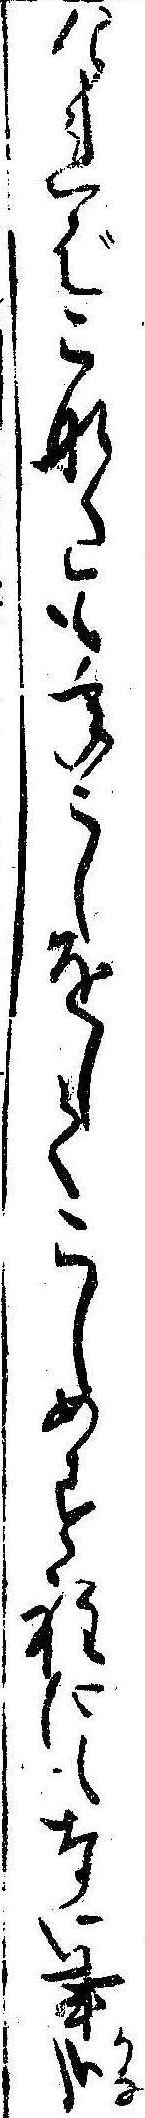
ければこなたも年こしをしてこしめす程にもない事哉